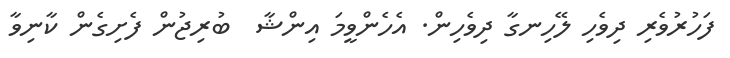
ފަހުރުވެރި ދިވެހި ލޭހިނގާ ދިވެހިން. އެހެންވީމަ އިންޝާ  ބުރިޖުން ފެށިގެން ކާނިވާ